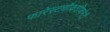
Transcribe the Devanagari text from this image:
फारेस्टचौकशीकमेटी